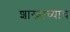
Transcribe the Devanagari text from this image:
शास्त्राच्याच